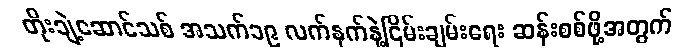
တိုးချဲ့ဆောင်သစ် အသက်၁၉ လက်နက်နဲ့ငြိမ်းချမ်းရေး ဆန်းစစ်ဖို့အတွက်